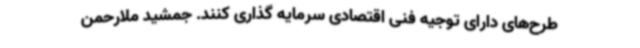
طرح‌های دارای توجیه فنی اقتصادی سرمایه گذاری کنند. جمشید ملارحمن